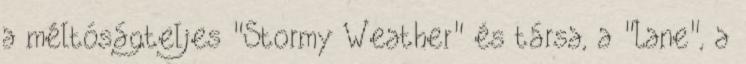
a méltóságteljes "Stormy Weather" és társa, a "Lane", a